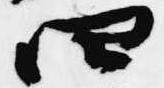
四